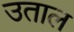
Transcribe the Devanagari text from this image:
उताल